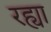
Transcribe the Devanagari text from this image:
रह्या